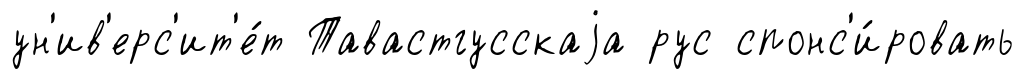
ун'ив'ерс'ит'е́т Тавастгусскаjа рус спонс'и́ровать